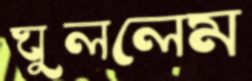
ঘুললেম